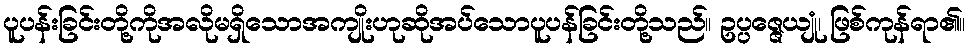
ပူပန်းခြင်းတို့ကိုအလိုမရှိသောအကျိုးဟုဆိုအပ်သောပူပန်ခြင်းတို့သည်။ ဥပ္ပဇ္ဇေယျုံ၊ ဖြစ်ကုန်ရာ၏။